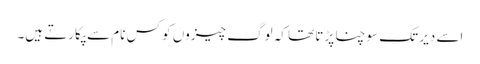
اسے دیر تک سوچنا پڑتا تھا کہ لوگ چیزوں کو کس نام سے پکارتے ہیں۔